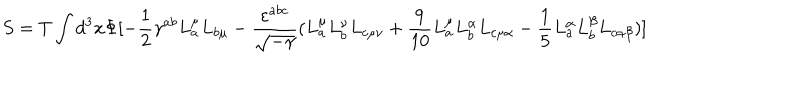
LaTeX: S = T \int d ^ { 3 } x \Phi [ - \frac { 1 } { 2 } \gamma ^ { a b } L _ { a } ^ { \mu } L _ { b \mu } - \frac { \varepsilon ^ { a b c } } { \sqrt { - \gamma } } ( L _ { a } ^ { \mu } L _ { b } ^ { \nu } L _ { c \mu \nu } + \frac { 9 } { 1 0 } L _ { a } ^ { \mu } L _ { b } ^ { \alpha } L _ { c \mu \alpha } - \frac { 1 } { 5 } L _ { a } ^ { \alpha } L _ { b } ^ { \beta } L _ { c \alpha \beta } ) ]